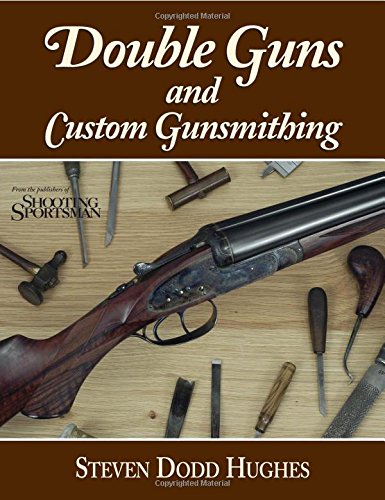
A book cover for Double Guns and Custom Gunsmithing; Steven Dodd Hughes; Crafts, Hobbies & Home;